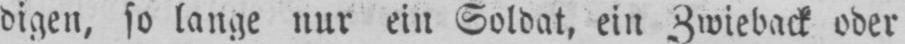
digen, so lange nur ein Soldat, ein Zwieback oder